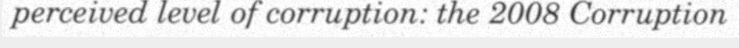
perceived level of corruption: the 2008 Corruption